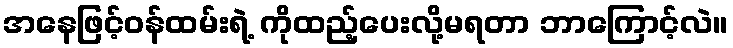
အနေဖြင့်ဝန်ထမ်းရဲ့ ကိုထည့်ပေးလို့မရတာ ဘာကြောင့်လဲ။